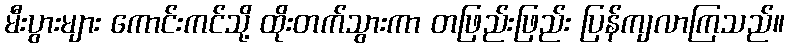
မီးပွားများ ကောင်းကင်သို့ ထိုးတက်သွားကာ တဖြည်းဖြည်း ပြန်ကျလာကြသည်။